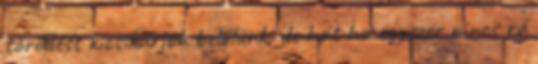
törődést kicsikarjon belőlünk, de hát ha egyszer nincs rá